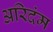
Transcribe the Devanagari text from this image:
अरिदंम